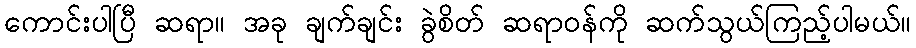
ကောင်းပါပြီ ဆရာ။ အခု ချက်ချင်း ခွဲစိတ် ဆရာဝန်ကို ဆက်သွယ်ကြည့်ပါမယ်။